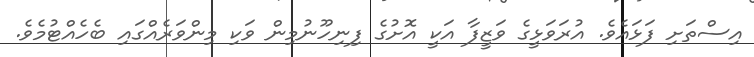
އިސްތަށި ފަޅައެވެ. އުރަވަޅީގެ ވަޒީފާ އަކީ އޮށުގެ ފިނިހޫނުމިން ވަކި މިންވަރެއްގައި ބެހެއްޓުމެވެ.